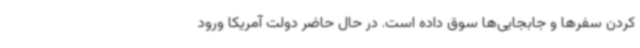
کردن سفرها و جابجایی‌ها سوق داده است. در حال حاضر دولت آمریکا ورود